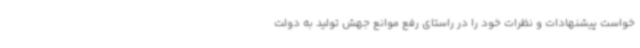
خواست پیشنهادات و نظرات خود را در راستای رفع موانع جهش تولید به دولت